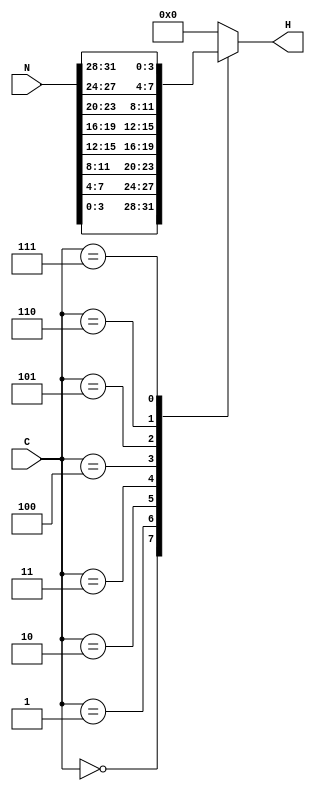
`timescale 1ns / 1ps
//////////////////////////////////////////////////////////////////////////////////
// Company: 
// Engineer: 
// 
// Design Name: 
// Module Name: contador_hexa
// Project Name: 
// Target Devices: 
// Tool Versions: 
// Description: 
// 
// Dependencies: 
// 
// Revision:
// Revision 0.01 - File Created
// Additional Comments:
// 
//////////////////////////////////////////////////////////////////////////////////


module contador_hexa(
input [31:0] N,
    input [3:0] C,
    output reg [3:0] H
    );
    always @(*)
    begin
        case(C)
            4'd0: H = N[3:0];
            4'd1: H = N[7:4];
            4'd2: H = N[11:8];
            4'd3: H = N[15:12];
            4'd4: H = N[19:16];
            4'd5: H = N[23:20];
            4'd6: H = N[27:24];
            4'd7: H = N[31:28];
            default: H = 4'd0;
        endcase
    end


endmodule